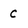
Character: c